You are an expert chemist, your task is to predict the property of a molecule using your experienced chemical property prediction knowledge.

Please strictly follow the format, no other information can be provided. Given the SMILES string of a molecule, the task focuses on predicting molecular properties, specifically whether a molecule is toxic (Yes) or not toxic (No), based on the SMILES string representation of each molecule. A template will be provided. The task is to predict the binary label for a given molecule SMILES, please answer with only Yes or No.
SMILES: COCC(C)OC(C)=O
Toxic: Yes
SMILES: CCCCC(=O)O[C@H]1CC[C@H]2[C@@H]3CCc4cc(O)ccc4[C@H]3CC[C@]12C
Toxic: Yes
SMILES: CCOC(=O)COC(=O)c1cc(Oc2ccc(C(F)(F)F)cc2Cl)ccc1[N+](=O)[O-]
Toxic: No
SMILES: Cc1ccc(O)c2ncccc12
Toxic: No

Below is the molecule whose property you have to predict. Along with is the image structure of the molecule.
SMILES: CCCCCCCCCCCCCCCO
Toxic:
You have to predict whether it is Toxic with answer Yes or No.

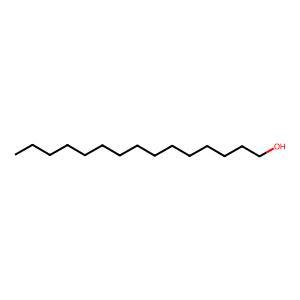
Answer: No